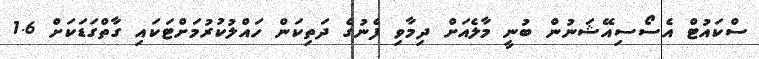
ސްކައުޓް އެސޯސިއޭޝަނުން ބުނީ މާލެއަށް ދިމާވި ފެނުގެ ދަތިކަން ހައްލުކުރުމަށްޓަކައި ގާތްގަޑަކަށް 1.6